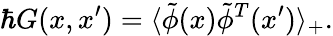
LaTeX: \hbar G(x,x^{\prime})=\langle\tilde{\phi}(x)\tilde{\phi}^{T}(x^{\prime})\rangle_{+}.